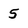
Character: 5